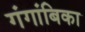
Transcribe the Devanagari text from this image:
गंगांबिका